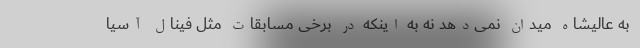
به عالیشاه میدان نمی‌دهد نه به اینکه در برخی مسابقات مثل فینال آسیا